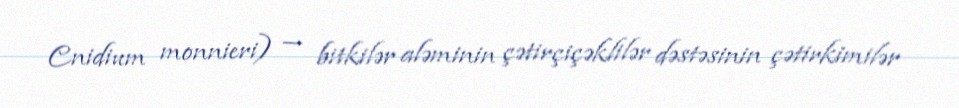
Cnidium monnieri) — bitkilər aləminin çətirçiçəklilər dəstəsinin çətirkimilər